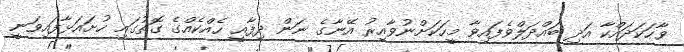
ވާހަކަދައްކާ އަދި ބައްދަލްވެފައިވާ މީހަކަށްނުވާއިރު އޭނާގެ ނަން ދިފާއީ ހެއްކެއްގެ ގޮތުގައި ހުށައަޅާފައިވަނީ